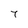
Character: 7